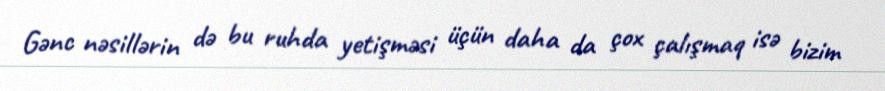
Gənc nəsillərin də bu ruhda yetişməsi üçün daha da çox çalışmaq isə bizim